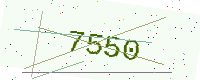
Text: 7550